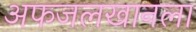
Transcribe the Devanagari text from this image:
अफजलखानला